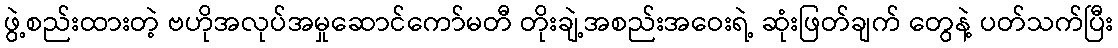
ဖွဲ့စည်းထားတဲ့ ဗဟိုအလုပ်အမှုဆောင်ကော်မတီ တိုးချဲ့အစည်းအဝေးရဲ့ ဆုံးဖြတ်ချက် တွေနဲ့ ပတ်သက်ပြီး